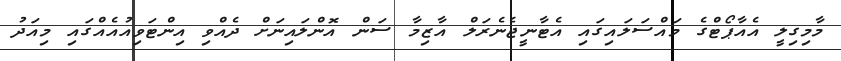
މާމިގިލީ އެއާޕޯޓްގެ މައްސަލައިގައި އެޓާނީޖެނެރަލް އާޒިމާ ސަން އޮންލައިނަށް ދެއްވި އިންޓަވިއުއެއްގައި މިއަދު